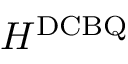
H ^ { \mathrm { D C B Q } }